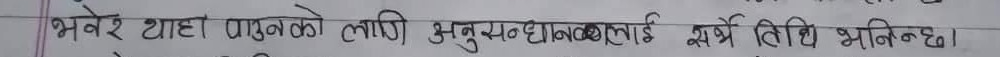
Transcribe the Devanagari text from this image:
भनेर थाहा पाउनको लागि अनुसन्धानकर्तालाई सर्वेक्षण विधि भनिन्छ।